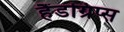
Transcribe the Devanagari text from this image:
हैंडग्रिप्स